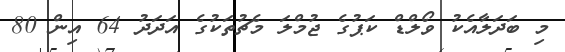
މި ބަދަލާއެކު ވޯލްޑް ކަޕުގެ ޖުމްލަ މެޗުތަކުގެ އަދަދު 64 އިން 80